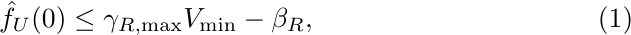
\begin{equation}\label{eq:bound_alpha1}
    \hat{f}_U(0)\leq \gamma_{R,\max}V_{\min}-\beta_R,
\end{equation}